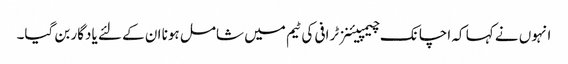
انہوں نے کہا کہ اچانک چیمپیئنز ٹرافی کی ٹیم میں شامل ہونا ان کے لئے یادگار بن گیا۔